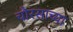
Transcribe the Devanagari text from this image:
चौरसाच्या